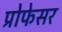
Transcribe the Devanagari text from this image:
प्रोेफेसर